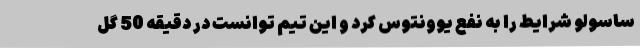
ساسولو شرایط را به نفع یوونتوس کرد و این تیم توانست در دقیقه 50 گل